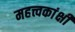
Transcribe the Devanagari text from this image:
महत्त्वकांक्षी